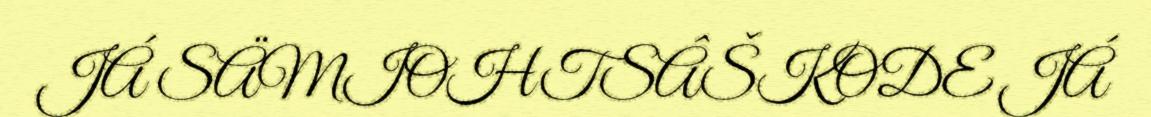
JÁ SÄMIOHTSÂŠKODE JÁ